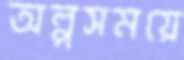
অল্পসময়ে